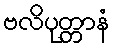
ဗလိပုတ္တာနံ